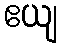
ဧယျ